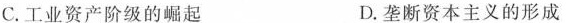
C.工业资产阶级的崛起 D.垄断资本主义的形成